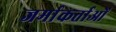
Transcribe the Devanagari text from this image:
जर्माकर्ताओं